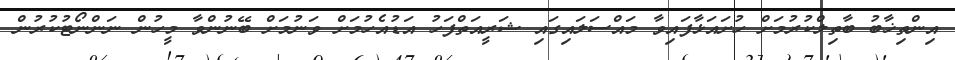
އިންތިޚާބު ބާތިލްކުރުމަށް ހުށައަޅާފައިވާ މައްސަލައިގައި ޝަރީއަތްފަހު އަޑުއެހުމަށް ވަނުމަށް ބޭނުންވާ މީހުން ނަންނޯޓުކުރުން